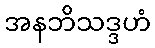
အနဘိသဒ္ဒဟံ